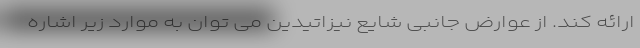
ارائه کند. از عوارض جانبی شایع نیزاتیدین می توان به موارد زیر اشاره